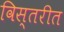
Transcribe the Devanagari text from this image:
विस्तरीत